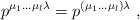
LaTeX: \begin{align*} p^{{\mu_1} \dots {\mu_{l}} \lambda } = p^{({\mu_1} \dots {\mu_{l}}) \lambda } \ ,\end{align*}